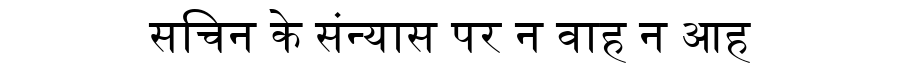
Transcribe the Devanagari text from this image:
सचिन के संन्यास पर न वाह न आह